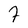
Character: 7